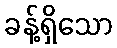
ခန့်ရှိသော